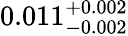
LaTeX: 0.011_{-0.002}^{+0.002}